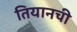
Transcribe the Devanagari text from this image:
तियानची